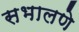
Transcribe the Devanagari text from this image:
सभालणे